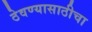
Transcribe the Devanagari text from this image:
ठेवण्यासाठीचा